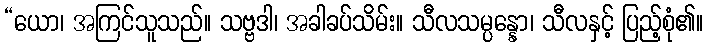
“ယော၊ အကြင်သူသည်။ သဗ္ဗဒါ၊ အခါခပ်သိမ်း။ သီလသမ္ပန္နော၊ သီလနှင့် ပြည့်စုံ၏။